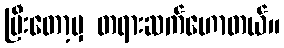
ပြီးတော့မှ တရားဆက်ဟောတယ်။